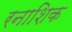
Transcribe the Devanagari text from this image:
रनाशिक